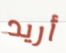
أريد